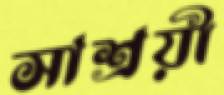
সাশ্রয়ী